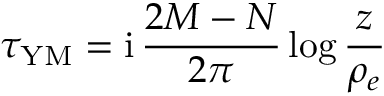
\tau _ { \mathrm { Y M } } = \mathrm { i } \, \frac { 2 M - N } { 2 \pi } \log \frac { z } { \rho _ { e } }